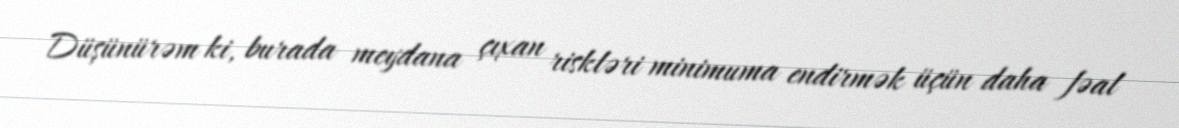
Düşünürəm ki, burada meydana çıxan riskləri minimuma endirmək üçün daha fəal